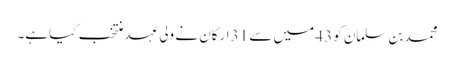
محمد بن سلمان کو 43 میں سے 31 ارکان نے ولی عہد منتخب کیا ہے۔